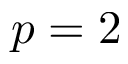
p = 2